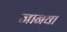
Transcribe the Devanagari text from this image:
जानवा